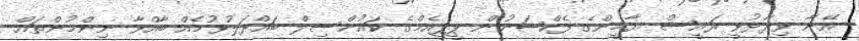
އޭނާ ވިދާޅުވީ ރައީސް ޔާމީންގެ ފެކްޝަނުން ޕީޕީއެމްގެ ކައުންސިލް ބައްދަލުވުމެއް ބާއްވާ ނިންމުންތައް